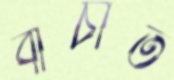
বাঁচাত